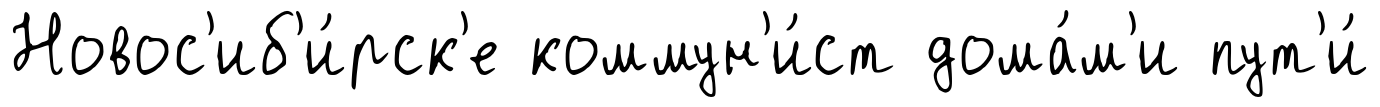
Новос'иб'и́рск'е коммун'и́ст дома́м'и пут'и́